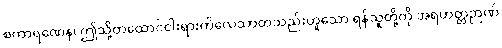
စကာရဏေန၊ ဤသို့တထောင်ငါးရားကိလေသာတသည်းဟူသော ရန်သူတို့ကို အရဟတ္တဉာဏ်